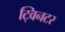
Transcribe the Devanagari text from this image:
ट्विनटर